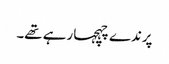
پرندے چہچہا رہے تھے۔